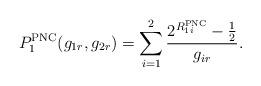
LaTeX: \begin{align*}P_{1}^{\mathrm{PNC}}(g_{1r},g_{2r})=\sum_{i=1}^2 \frac{2^{R_{1i}^{\mathrm{PNC}}}-\frac{1}{2}}{g_{ir}}.\end{align*}